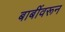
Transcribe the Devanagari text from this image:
बाबींवरून